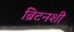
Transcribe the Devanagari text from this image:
ब्रिटनशी